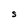
Character: S